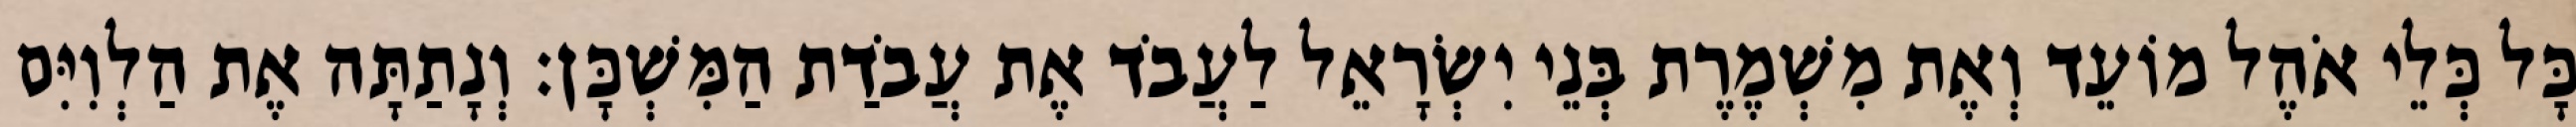
כָּל כְּלֵי אֹהֶל מוֹעֵד וְאֶת מִשְׁמֶרֶת בְּנֵי יִשְׂרָאֵל לַעֲבֹד אֶת עֲבֹדַת הַמִּשְׁכָּן׃ וְנָתַתָּה אֶת הַלְוִיִּם